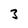
Character: 3